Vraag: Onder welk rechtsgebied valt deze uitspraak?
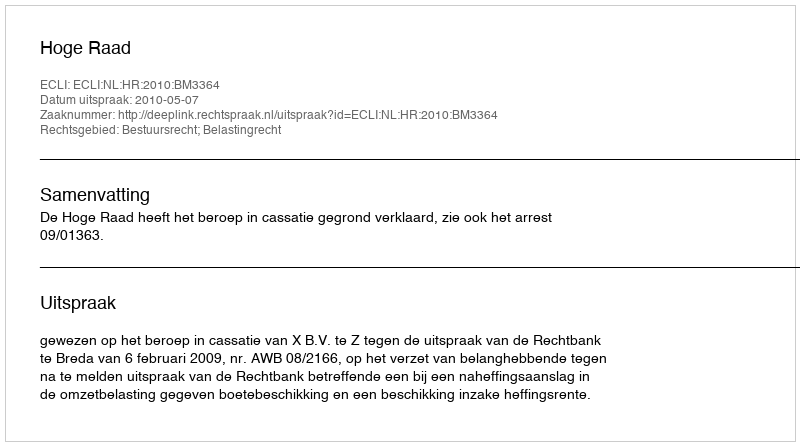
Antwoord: Bestuursrecht; Belastingrecht